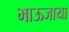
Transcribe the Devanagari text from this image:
भाऊजाया